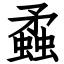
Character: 蟊